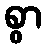
စွာ